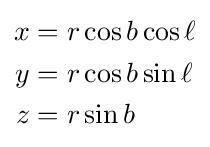
{\begin{aligned}x&=r\cos b\cos \ell \\y&=r\cos b\sin \ell \\z&=r\sin b\end{aligned}}